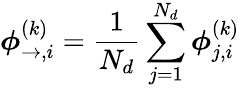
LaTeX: {\boldsymbol{\phi}_{\rightarrow,i}^{(k)}=\frac{1}{N_{d}}\sum_{j=1}^{N_{d}}\boldsymbol{\phi}_{j,i}^{(k)}}